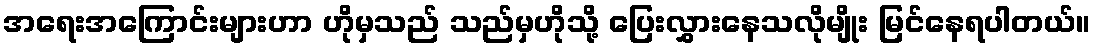
အရေးအကြောင်းများဟာ ဟိုမှသည် သည်မှဟိုသို့ ပြေးလွှားနေသလိုမျိုး မြင်နေရပါတယ်။